Indian journal of veterinary science and animal husbandry - Volumes 18-21, 1948-1951
Year: 1948
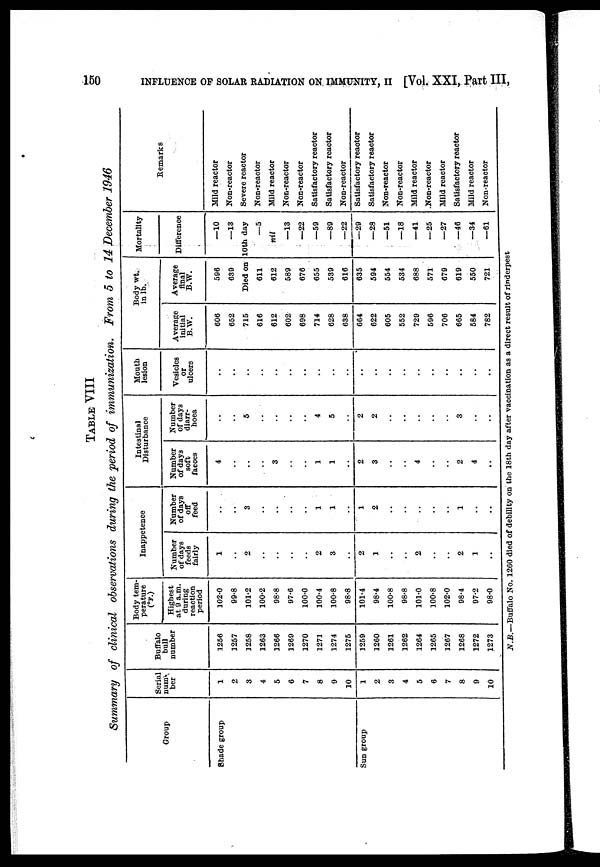
150
INFLUENCE OF SOLAR RADIATION ON IMMUNITY, II [Vol. XXI, Part III,
TABLE VIII
Summary of clinical observations during the period of immunization.
From 5 to 14 December 1946
Group
Shade group
Sun group
Serial
num
ber
1
2
3
4
5
6
7
8
9
10
1
2
3
4
5
6
7
8
9
10
Buffalo
bull
number
1256
1257
1258
1263
1266
1269
1270
1271
1274
1275
1259
1260
1261
1262
1264
1265
1267
1268
1272
1273
Body tem-
perature
(°F.)
Highest
at 9 a.m.
during
reaction
period
102.0
99.8
101.2
100.2
98.8
97.6
100.0
100.4
100.8
98.8
101.4
98.4
100.8
98.8
101.0
100.8
102.0
98.4
97.2
98.0
Inappetence
Number
of days
feeds
fairly
1
..
2
..
..
..
..
2
3
..
2
1
..
..
2
..
..
2
1
..
Number
of days
off
feed
..
..
3
..
..
..
..
1
1
..
1
2
..
..
..
..
..
1
..
..
Intestinal
Disturbance
Number
of days
soft
faeces
4
..
..
..
3
..
..
1
1
..
2
3
..
..
4
..
..
2
4
..
Number
of days
diarr-
hoea
..
..
5
..
..
..
..
4
5
..
2
2
..
..
..
..
..
3
..
..
Mouth
lesion
Vesicles
or
ulcers
..
..
..
..
..
..
..
..
..
..
..
..
..
..
..
..
..
..
..
..
Average
initial
B.W.
606
652
715
616
612
602
698
714
628
638
664
622
605
552
729
596
706
665
584
782
Body wt.
in lb.
Average
final
B.W.
596
639
Died on
611
612
589
676
655
539
616
635
594
554
534
688
571
679
619
550
721
Mortality
Difference
—10
—13
10th day
—5
nil
—13
—22
—59
—89
—22
—29
—28
—51
—18
—41
—25
—27
—46
—34
—61
Remarks
Mild reactor
Non-reactor
Severe reactor
Non-reactor
Mild reactor
Non-reactor
Non-reactor
Satisfactory reactor
Satisfactory reactor
Non-reactor
Satisfactory reactor
Satisfactory reactor
Non-reactor
Non-reactor
Mild reactor
Non-reactor
Mild reactor
Satisfactory reactor
Mild reactor
Non-reactor
N.B.—Buffalo No. 1260 died of debility on the 18th day after vaccination as a direct result of rinderpest